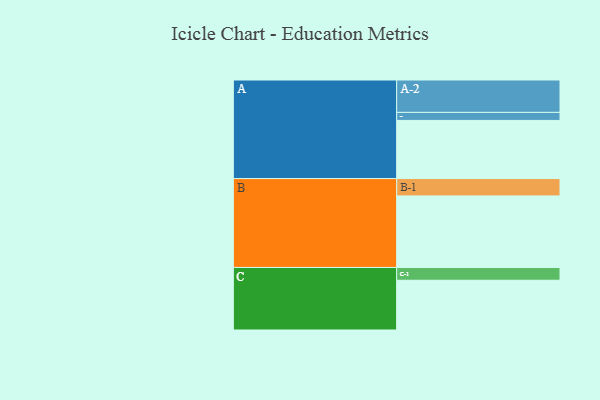
{"axis": {"x": "Segment", "y": "Value"}, "legend": ["", "A", "B", "C"], "data": [{"x": "A", "y": 368, "type": ""}, {"x": "B", "y": 453, "type": ""}, {"x": "C", "y": 315, "type": ""}, {"x": "A-1", "y": 51, "type": "A"}, {"x": "A-2", "y": 205, "type": "A"}, {"x": "B-1", "y": 110, "type": "B"}, {"x": "C-1", "y": 81, "type": "C"}]}